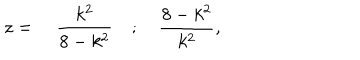
z = \quad \frac { k ^ { 2 } } { 8 - k ^ { 2 } } \quad ; \quad \frac { 8 - k ^ { 2 } } { k ^ { 2 } } ,